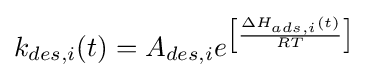
k_{des,i}(t)=A_{des,i}e^{\left\lbrack {\frac {\Delta H_{ads,i}(t)}{RT}}\right\rbrack }